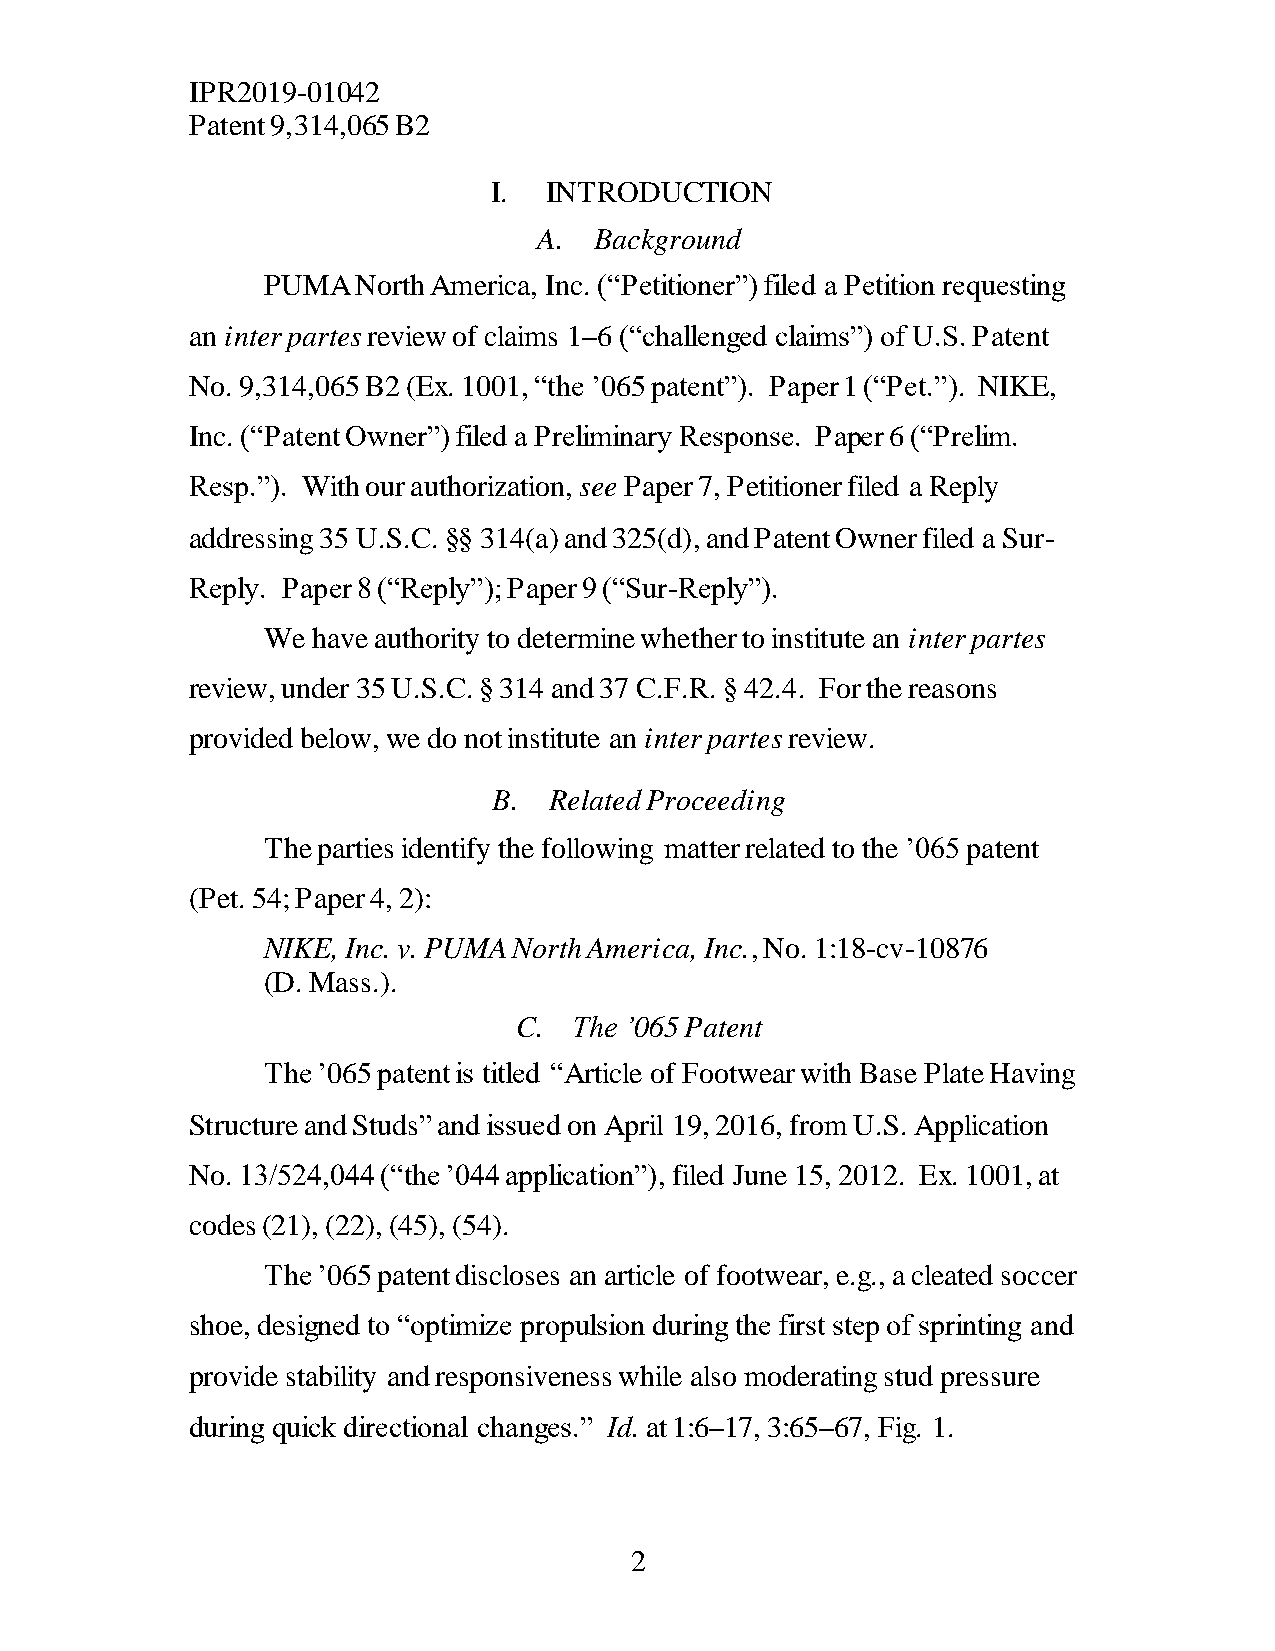
IPR2019-01042
 Patent 9,314,065 B2
 I.  INTRODUCTION
 A. Background
 PUMA   North America, Inc. (“Petitioner”) filed a Petition requesting
 an inter partes review of claims 1–6 (“challenged claims”) of U.S. Patent
 No. 9,314,065 B2 (Ex. 1001, “the ’065 patent”). Paper 1 (“Pet.”). NIKE,
 Inc. (“Patent Owner”) filed a Preliminary Response. Paper 6 (“Prelim.
 Resp.”). With our authorization, see Paper 7, Petitioner filed a Reply
 addressing 35 U.S.C. §§ 314(a) and 325(d), and Patent Owner filed a Sur-
 Reply. Paper 8 (“Reply”); Paper 9 (“Sur-Reply”).
 We  have authority to determine whether to institute an inter partes
 review, under 35 U.S.C. § 314 and 37 C.F.R. § 42.4. For the reasons
 provided below, we do not institute an inter partes review.
 B. Related Proceeding
 The parties identify the following matter related to the ’065 patent
 (Pet. 54; Paper 4, 2):
 NIKE, Inc. v. PUMA North America, Inc., No. 1:18-cv-10876
 (D. Mass.).
 C.  The ’065 Patent
 The ’065 patent is titled “Article of Footwear with Base Plate Having
 Structure and Studs” and issued on April 19, 2016, from U.S. Application
 No. 13/524,044 (“the ’044 application”), filed June 15, 2012. Ex. 1001, at
 codes (21), (22), (45), (54).
 The ’065 patent discloses an article of footwear, e.g., a cleated soccer
 shoe, designed to “optimize propulsion during the first step of sprinting and
 provide stability and responsiveness while also moderating stud pressure
 during quick directional changes.” Id. at 1:6–17, 3:65–67, Fig. 1.
 2